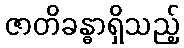
ဇာတိခန္ဓာရှိသည့်